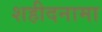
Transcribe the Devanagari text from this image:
शहीदनामा